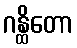
ဂန္ထိတော